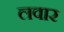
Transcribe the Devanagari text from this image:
लवार